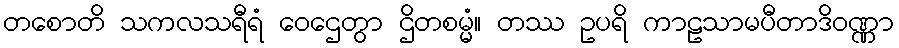
တစောတိ သကလသရီရံ ဝေဌေတွာ ဌိတစမ္မံ။ တဿ ဥပရိ ကာဠသာမပီတာဒိဝဏ္ဏာ